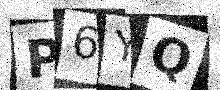
Text: P6YQ